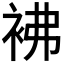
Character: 𧙂